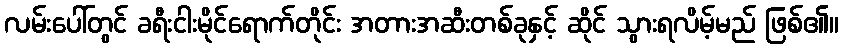
လမ်းပေါ်တွင် ခရီးငါးမိုင်ရောက်တိုင်း အတားအဆီးတစ်ခုနှင့် ဆိုင် သွားရလိမ့်မည် ဖြစ်၏။